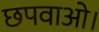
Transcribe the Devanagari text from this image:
छपवाओ।